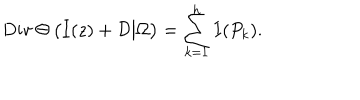
\mathrm { D i v } \, \Theta \left( I ( z ) + { \cal D } \big | \Omega \right) = \sum _ { k = 1 } ^ { h } I ( P _ { k } ) .